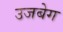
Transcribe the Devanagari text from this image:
उजबेग